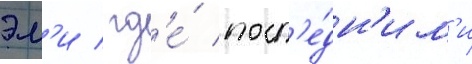
эм'и / гд'е́ посл'е́дн'им'и